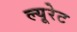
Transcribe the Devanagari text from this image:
ल्यूरेट